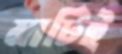
মাটিই